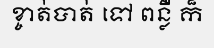
ខ្ចាត់បាត់ ទៅ ពន្លឺ ក៏